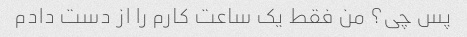
پس چی؟ من فقط یک ساعت کارم را از دست دادم